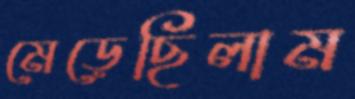
মেড়েছিলাম